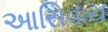
આસિવાય